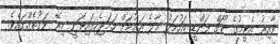
ވާއިރު އެޓީމުގެ ކޯޗް ފަންޑީ އަހުމަދު މާލެ އައުމަށް ހަމަޖެހިފައިވަނީ މިރޭ ވަގުތެއްގައެވެ.